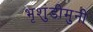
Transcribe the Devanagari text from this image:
भृशुंडीमुनी